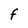
Character: F